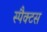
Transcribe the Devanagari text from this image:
स्पैक्टस